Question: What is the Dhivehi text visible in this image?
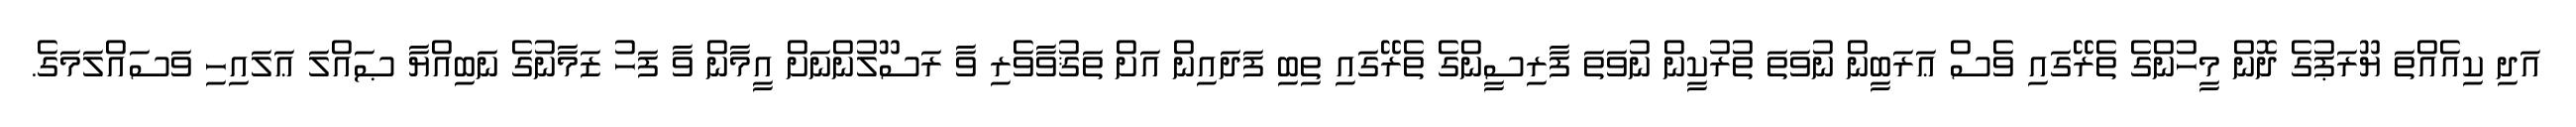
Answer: އަދި ކިއެއްތަ ޔޫރަޕުގެ ދޮން މީހުންގެ ތެރޭގައި ވެސް ޢަރަބީން ނުވަތަ ތުރުކީން ނުވަތަ ފާރިސީންގެ ތެރޭގައި ތިބި ފަދައިން އަށް ތަޤުވާވެރި ވާ ރަސޫލުންނަށް އީމާން ވާ ފަހު ޒަމާނުގެ ނަބިއްޔާ ޞައްލަ ޢަލައިހި ވަސައްލަމަގެ.